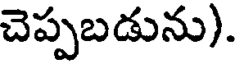
చెప్పబడును).